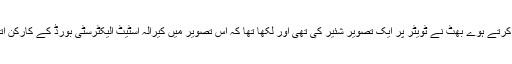
کیرالہ کی طرح موجودہ مرکزی حکومت کے رخ کی تنقید کرتے ہوے بھٹ نے ٹویٹر پر ایک تصویر شئیر کی تھی اور لکھا تھا کہ اس تصویر میں کیرالہ اسٹیٹ الیکٹرسٹی بورڈ کے کارکن اتنی بارش میں بھی بجلی بحالی کے لئے محنت کر رہے ہیں۔